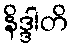
နိဒ္ဒါတိ